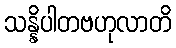
သန္နိပါတဗဟုလာတိ